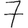
Digit: 7